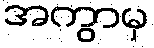
အကွာမှ